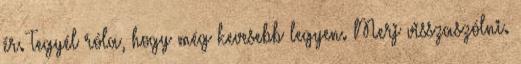
ér. Tegyél róla, hogy még kevesebb legyen. Merj visszaszólni.